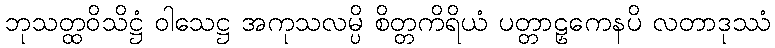
ဘုသတ္ထဝိသိဋ္ဌံ ဝါသေဋ္ဌ အကုသလမ္ပိ စိတ္တကိရိယံ ပတ္တာဠှကေနပိ လတာဒုဿံ